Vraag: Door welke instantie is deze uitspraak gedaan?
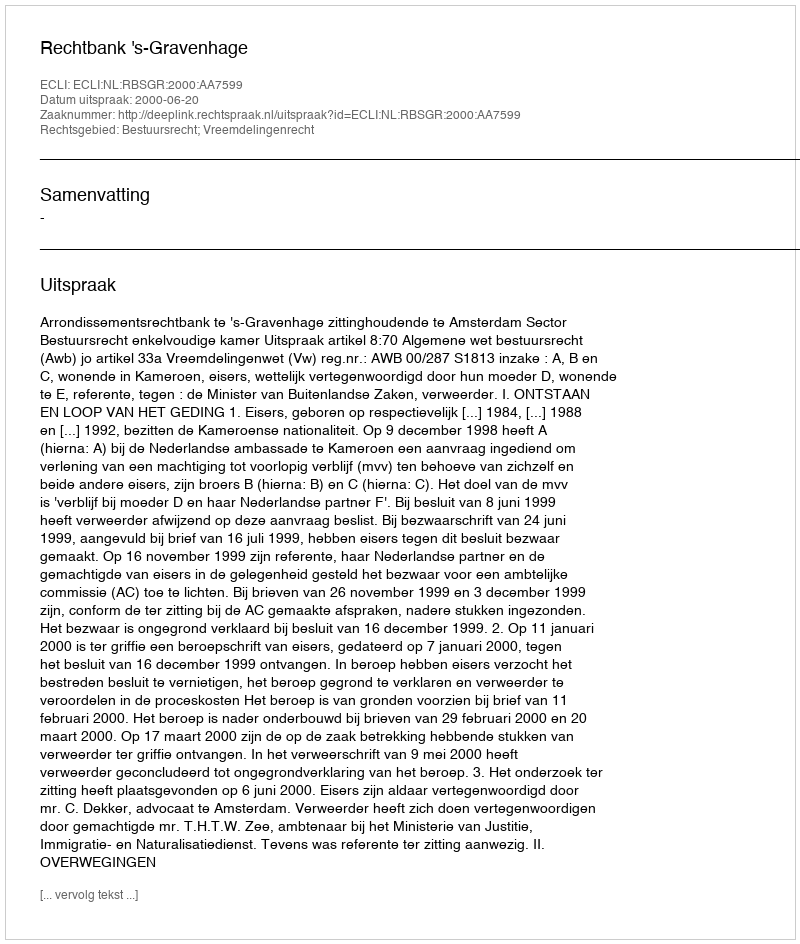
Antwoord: Rechtbank 's-Gravenhage